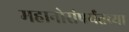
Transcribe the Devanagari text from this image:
महानोरांपर्यंतच्या